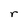
Character: r